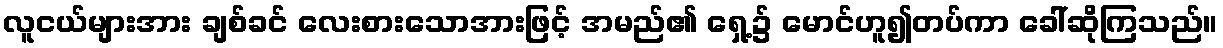
လူငယ်များအား ချစ်ခင် လေးစားသောအားဖြင့် အမည်၏ ရှေ့၌ မောင်ဟူ၍တပ်ကာ ခေါ်ဆိုကြသည်။